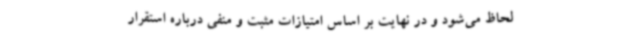
لحاظ می‌شود و در نهایت بر اساس امتیازات مثبت و منفی درباره استقرار